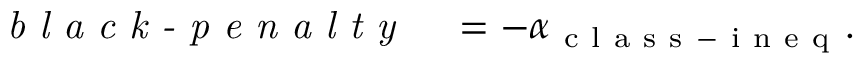
\begin{array} { r l } { \textit { b l a c k - p e n a l t y } } & { { } = - \alpha _ { \mathrm { ~ c ~ l ~ a ~ s ~ s ~ - ~ i ~ n ~ e ~ q ~ } } . } \end{array}